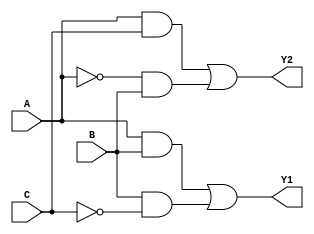
module combinational_logic (
    input wire A,      // 1st input
    input wire B,      // 2nd input
    input wire C,      // 3rd input
    output wire Y1,    // Output 1
    output wire Y2     // Output 2
);

// Logic function definitions
// Example minimized logic functions
assign Y1 = (A & B) | (B & ~C); // Example for Output Y1
assign Y2 = (A & C) | (~A & B);  // Example for Output Y2

endmodule